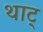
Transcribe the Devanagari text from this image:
थाट्